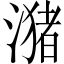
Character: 潴